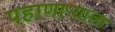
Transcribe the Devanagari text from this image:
पहाणाऱ्याला